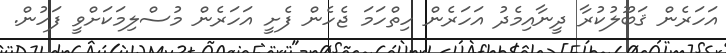
އަހަރެން ޤަބޫލުކުރާ ދީނާއިމެދު އަހަރެން ހިތްހަމަ ޖެހެން ފެށީ އަހަރެން މުސްލިމަކަށްވީ ފަހުން.